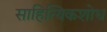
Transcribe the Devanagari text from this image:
साहित्यिकशोध